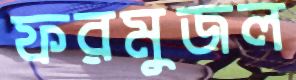
ফরমুজল